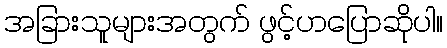
အခြားသူများအတွက် ဖွင့်ဟပြောဆိုပါ။